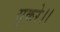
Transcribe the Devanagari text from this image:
सूकरे।।